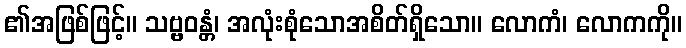
၏အဖြစ်ဖြင့်။ သဗ္ဗဝန္တံ၊ အလုံးစုံသောအစိတ်ရှိသော။ လောကံ၊ လောကကို။